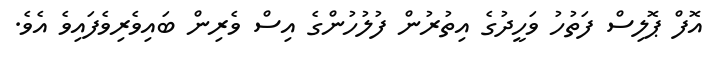
އޮފް ޕޮލިސް ފަތުހު ވަހީދުގެ އިތުރުން ފުލުހުންގެ އިސް ވެރިން ބައިވެރިވެފައިވެ އެވެ.